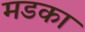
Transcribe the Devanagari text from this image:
मडका